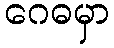
ဂေဓမှာ